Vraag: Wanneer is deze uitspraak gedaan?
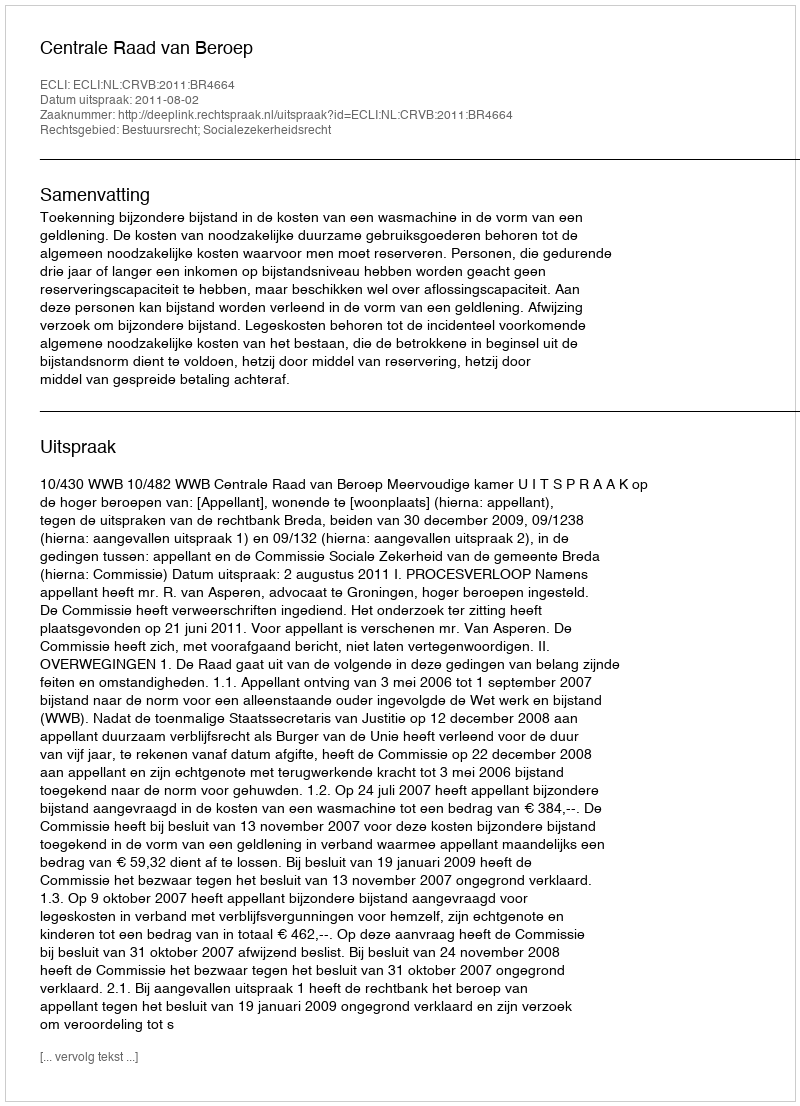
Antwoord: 2011-08-02